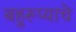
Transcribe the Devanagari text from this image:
बहुरूप्याचे